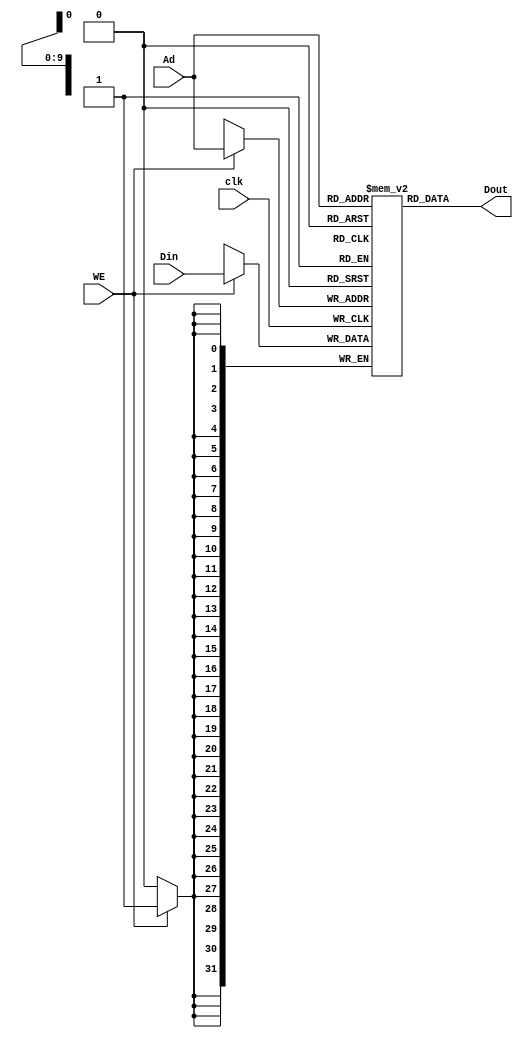
module DM_4k( Ad, Din, clk, WE, Dout ) ;
    input   [11:2]  Ad ;  // address bus
    input   [31:0]  Din ;   // 32-bit input data
    input           clk ;   // clock
    input           WE ;    // memory write enable
    output  [31:0]  Dout ;  // 32-bit memory output

    reg     [31:0]  dm[1023:0] ;
    
    integer i;
    initial
    begin
        for(i = 0; i < 1024; i=i+1) 
		dm[i] = 32'b0;
    end
    assign Dout = dm[Ad[11:2]];
    
    always@(posedge clk)
        if (WE)
            dm[Ad[11:2]] <= Din;
endmodule